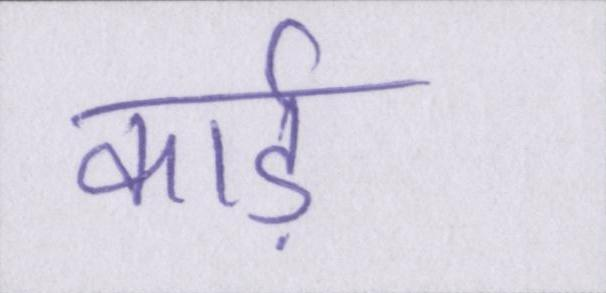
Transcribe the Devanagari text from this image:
कार्ड़